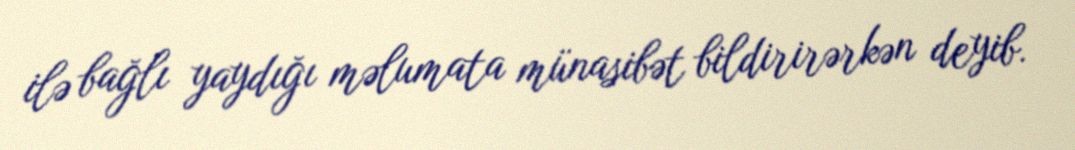
ilə bağlı yaydığı məlumata münasibət bildirirərkən deyib.